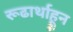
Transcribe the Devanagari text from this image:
रूढार्थाहून